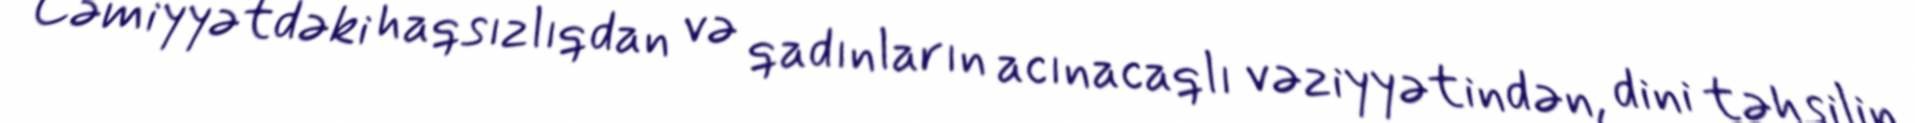
Cəmiyyətdəki haqsızlıqdan və qadınların acınacaqlı vəziyyətindən, dini təhsilin